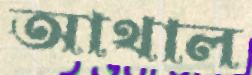
আথাল